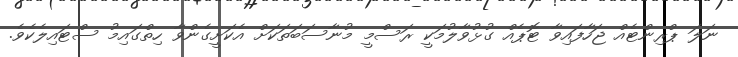
ނަލަ ޕްރިންޓެއް ޖަހާފައިވާ ޓޮޕެއް ގުޅުވާލުމަކީ ރަސްމީ މުނާސަބަތަކަށް އެކަށީގެންވާ ހިތްގައިމު ސްޓައިލެކެވެ.